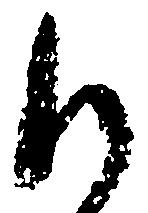
御